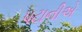
પટાનીએ